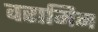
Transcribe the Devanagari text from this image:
वरामिन